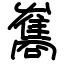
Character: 雟